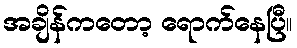
အချိန်ကတော့ ရောက်နေပြီ။